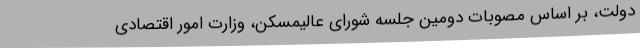
دولت، بر اساس مصوبات دومین جلسه شورای عالیمسکن، وزارت امور اقتصادی